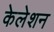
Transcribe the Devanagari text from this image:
केलेशन